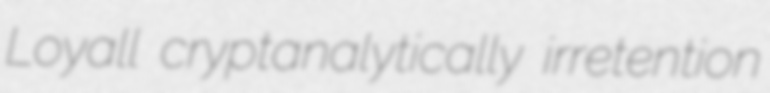
Loyall cryptanalytically irretention